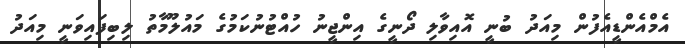
އެމްއެންޑީއެފުން މިއަދު ބުނީ އޮއިވާލި ދޯނީގެ އިންޖީނު ހުއްޓުނުކަމުގެ މައުލޫމާތު ލިބިފައިވަނީ މިއަދު